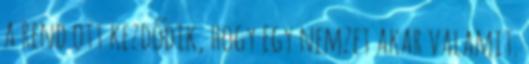
a rend ott kezdődik, hogy egy nemzet akar valamit.